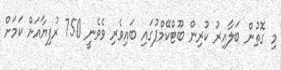
މި ގޮތުން ބަލާއިރު ކުރިން ބޫޓްކޭމްޕުގައި ބައިވެރި ވެވެނީ 750 ރުފިޔާއަށް ކަމަށް